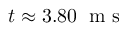
t \approx 3 . 8 0 \; \mathrm { ~ m ~ s ~ }